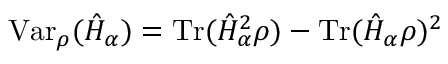
\mathrm { V a r } _ { \rho } ( \hat { H } _ { \alpha } ) = \mathrm { T r } ( \hat { H } _ { \alpha } ^ { 2 } \rho ) - \mathrm { T r } ( \hat { H } _ { \alpha } \rho ) ^ { 2 }